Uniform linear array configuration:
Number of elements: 12
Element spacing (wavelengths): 1
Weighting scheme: binomial
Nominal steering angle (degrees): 30
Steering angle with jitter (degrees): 29.146
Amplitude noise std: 0.05
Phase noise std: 0.05

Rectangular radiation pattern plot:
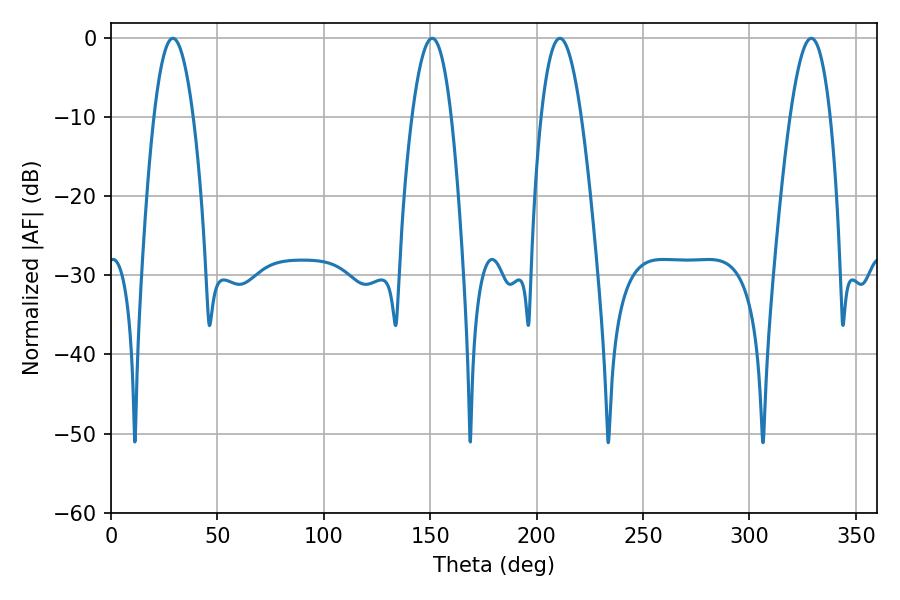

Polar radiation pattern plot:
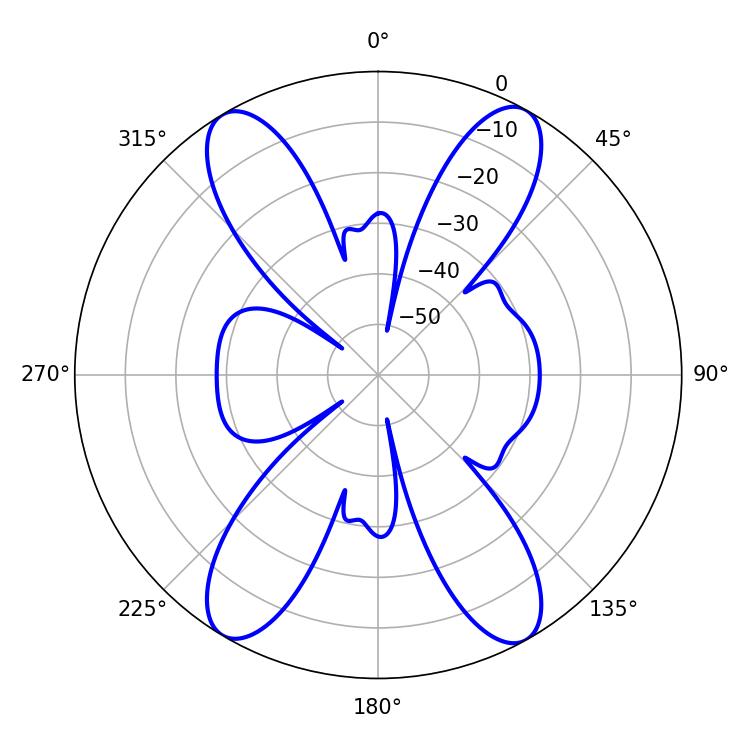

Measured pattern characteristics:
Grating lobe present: TRUE
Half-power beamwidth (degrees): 10.26
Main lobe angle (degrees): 210.96